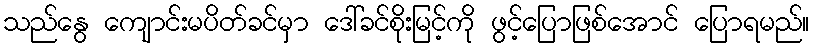
သည်နွေ ကျောင်းမပိတ်ခင်မှာ ဒေါ်ခင်စိုးမြင့်ကို ဖွင့်ပြောဖြစ်အောင် ပြောရမည်။